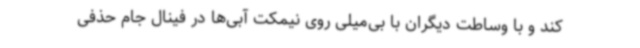
کند و با وساطت دیگران با بی‌میلی روی نیمکت آبی‌ها در فینال جام حذفی